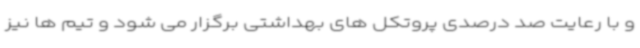
و با رعایت صد درصدی پروتکل های بهداشتی برگزار می شود و تیم ها نیز